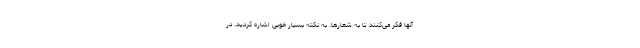
آنها فکر می‌کنند تا به شعارها. به نکته بسیار خوبی اشاره کردید. در